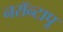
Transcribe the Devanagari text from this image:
नरॉन्टापू